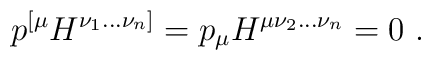
p^{[\mu} H^{\nu_1...\nu_n]} = p_\mu H^{\mu \nu_2...\nu_n} = 0 \ .